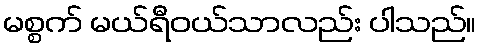
မစ္စက် မယ်ရီဝယ်သာလည်း ပါသည်။